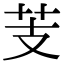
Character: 芰